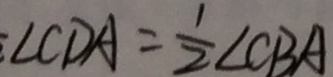
\angle C D A = \frac { 1 } { 2 } \angle C B A